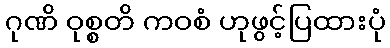
ဂုဏိ ဝုစ္စတိ ကဝစံ ဟုဖွင့်ပြထားပုံ